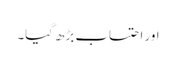
اور احتساب بڑھ گیا۔